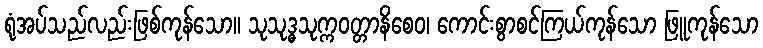
ရုံအပ်သည်လည်းဖြစ်ကုန်သော။ သုသုဒ္ဓသုက္ကဝတ္တာနိစေဝ၊ ကောင်းစွာစင်ကြယ်ကုန်သော ဖြူကုန်သော